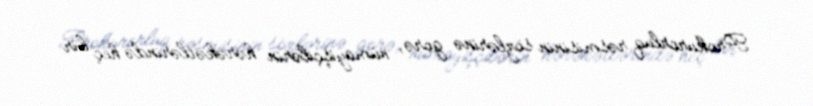
Prokurorluq rəsmisinin sözlərinə görə, nümayişçilərin hərəkətlərində heç bir